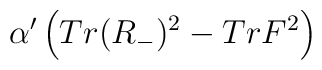
\alpha' \left ( Tr  (R_{-})^2 - Tr  F^2 \right )